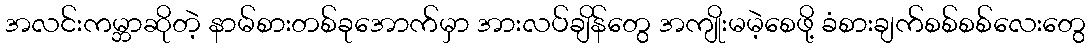
အလင်းကမ္ဘာဆိုတဲ့ နာမ်စားတစ်ခုအောက်မှာ အားလပ်ချိန်တွေ အကျိုးမမဲ့စေဖို့ ခံစားချက်စစ်စစ်လေးတွေ